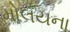
મોલયના